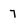
Character: 7